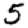
Digit: 5